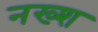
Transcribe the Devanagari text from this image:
नख्श